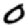
Digit: 0